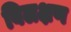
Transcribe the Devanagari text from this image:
बिलक्षण